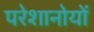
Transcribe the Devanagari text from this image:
परेशानोयों